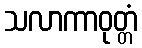
သလာကာဝုတ္တံ